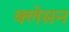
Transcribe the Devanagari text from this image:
क्‍लेसन